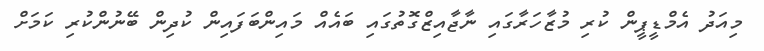
މިއަދު އެމްޑީޕީން ކުރި މުޒާހަރާގައި ނާޖާއިޒްގޮތުގައި ބައެއް މައިންބަފައިން ކުދިން ބޭނުންކުރި ކަމަށް